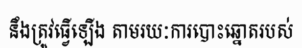
នឹងត្រូវធ្វើឡើង តាមរយៈការបោះឆ្នោតរបស់